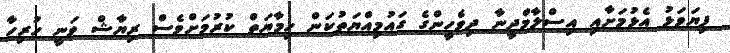
ފިޔަވަޅު އެޅުމަށާއި އިސްލާމްދީނާ ދިވެހީންގެ ގައުމިއްޔަތުކަން ހިމާޔަތް ކުރުމަށްވެސް ރިޔާޝް ވަނީ ހުރިހާ